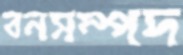
বনসম্পদ